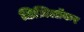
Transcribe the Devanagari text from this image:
डिज़िलॉकर